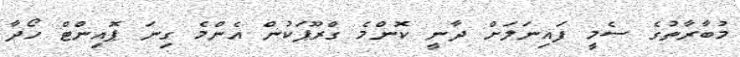
މުބާރާތުގެ ސެމީ ފައިނަލަށް ދާނީ ކޮންމެ ގްރޫޕަކުން އެންމެ ގިނަ ޕޮއިންޓް ހޯދާ